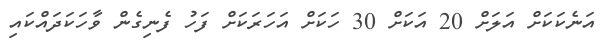
އަނެކަކަށް އަލަށް 20 އަކަށް 30 ހަކަށް އަހަރަކަށް ފަހު ފެނިގެން ވާހަކަދައްކައި